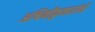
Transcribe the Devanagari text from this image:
अश्विनीकुमारांनी